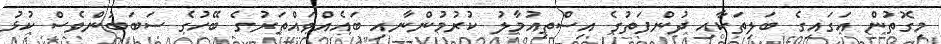
މިގޮތުން އަގައިގެ ބަލިތަކާއި ދުންފަތުގެ އިސްތިއުމާލު ކުރުމުންނާއި ބައެއްވައްތަރުގެ ބޭހުގެ ސަބަބުންވެސް ކުޅު